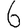
Digit: 6